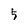
Character: 5